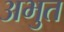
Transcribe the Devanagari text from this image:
अभुत